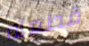
قطعته